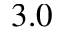
\ 3 . 0